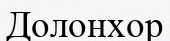
Долонхор